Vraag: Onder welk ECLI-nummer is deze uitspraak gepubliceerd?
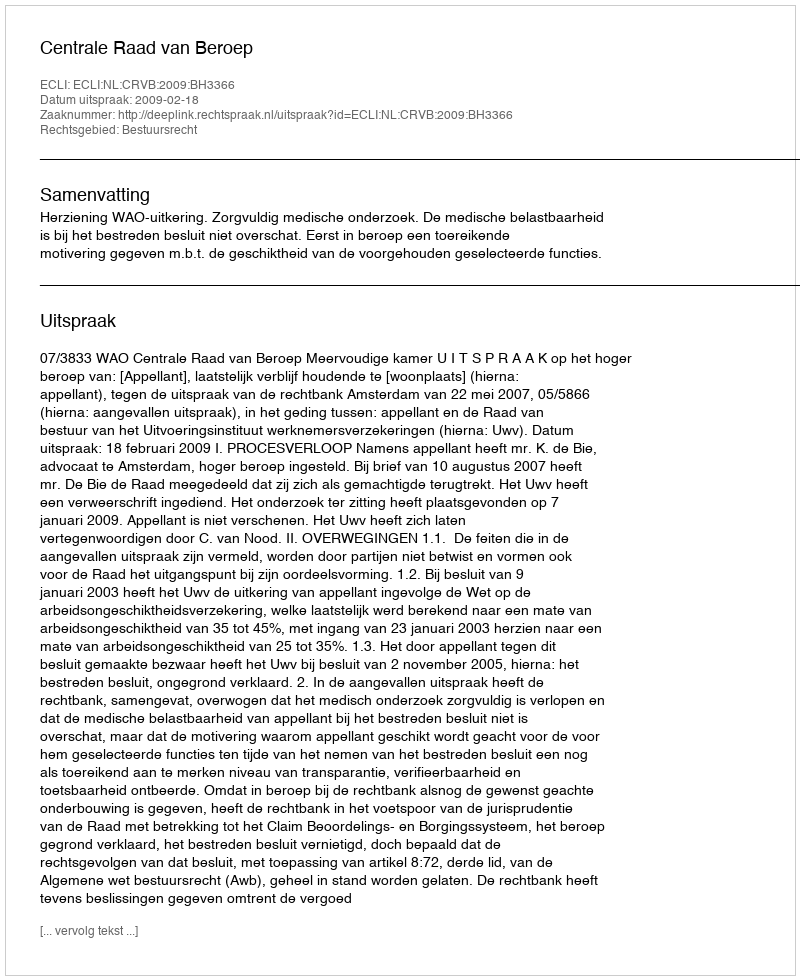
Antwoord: ECLI:NL:CRVB:2009:BH3366